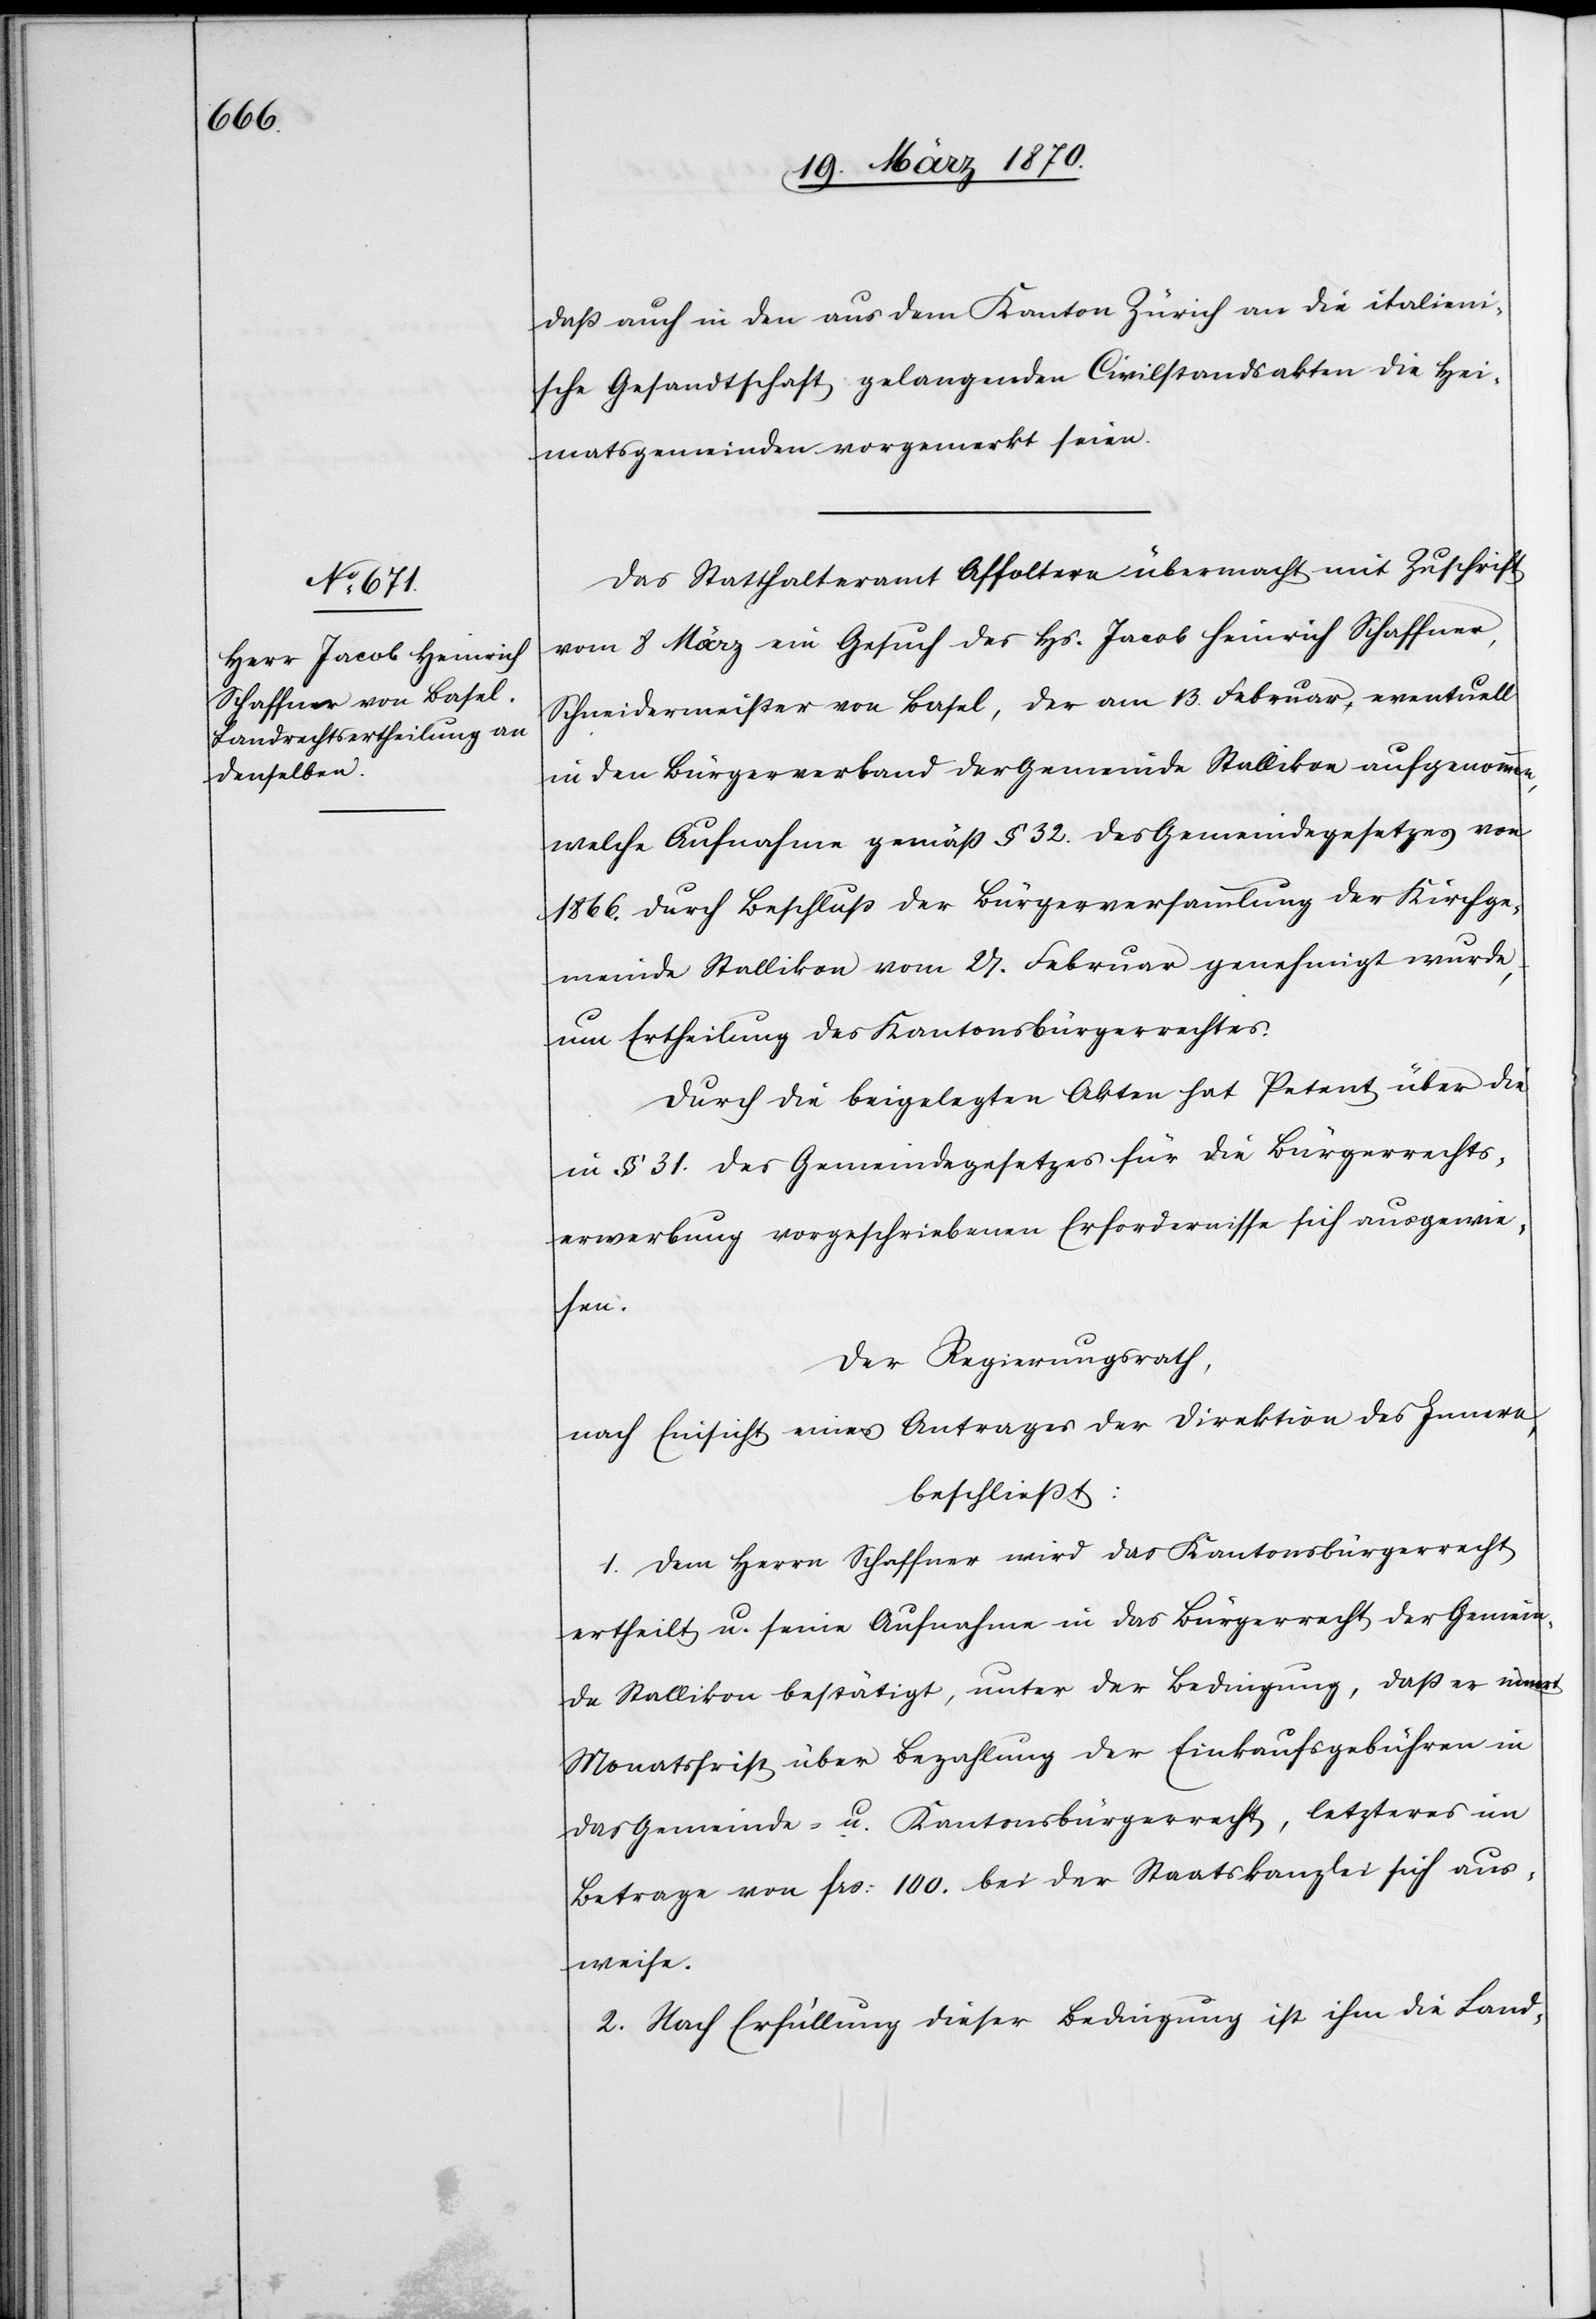
daß auch in den aus dem Kanton Zürich an die italieni¬
sche Gesandtschaft gelangenden Civilstandsakten die Hei¬
matsgemeinden vorgemerkt seien.
Das Statthalteramt Affoltern übermacht mit Zuschrift
vom 8 März ein Gesuch des Hs. Jacob Heinrich Schaffner,
Schneidermeister von Basel, der am 13. Februar, eventuell
in den Bürgerverband der Gemeinde Stallikon aufgenommen,
welche Aufnahme gemäß § 32. des Gemeindegesetzes von
1866. durch Beschluß der Bürgerversammlung der Kirchge¬
meinde Stallikon vom 27. Februar genehmigt wurde,
um Ertheilung des Kantonsbürgerrechtes.
Durch die beigelegten Akten hat Petent über die
in § 31. des Gemeindegesetzes für die Bürgerrechts¬
erwerbung vorgeschriebenen Erfordernisse sich ausgewie¬
sen.
Der Regierungsrath,
nach Einsicht eines Antrages der Direktion des Innern,
beschließt:
1. Dem Herrn Schaffner wird das Kantonsbürgerrecht
ertheilt u. seine Aufnahme in das Bürgerrecht der Gemein¬
de Stallikon bestätigt, unter der Bedingung, daß er innert
Monatsfrist über Bezahlung der Einkaufsgebühren in
das Gemeinde- u. Kantonsbürgerrecht, letzteres im
Betrage von frs: 100. bei der Staatskanzlei sich aus¬
weise.
2. Nach Erfüllung dieser Bedingung ist ihm die Land-